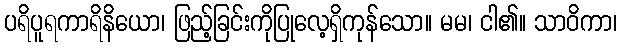
ပရိပူရကာရိနိယော၊ ဖြည့်ခြင်းကိုပြုလေ့ရှိကုန်သော။ မမ၊ ငါ၏။ သာဝိကာ၊